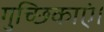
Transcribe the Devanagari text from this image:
गुच्छिकाएं।